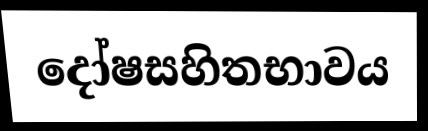
දෝෂසහිතභාවය